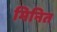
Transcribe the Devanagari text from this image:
मिनित